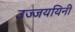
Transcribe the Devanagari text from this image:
उज्जययिनी